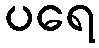
ပရေ